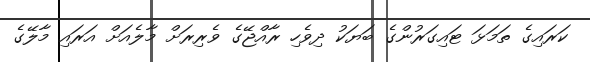
ކަރައިގެ ތަމަޅަ ޓައިގަރުންގެ ބަޔަކު ދިވެހި ރާއްޖޭގެ ވެރިރަށް މާލެއަށް އަރައި މާލޭގެ